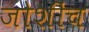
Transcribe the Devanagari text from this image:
जोशींच